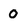
Character: O